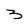
Character: 3